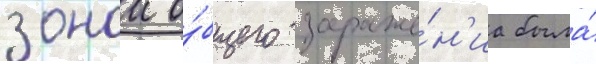
зонои о́бщего зараже́н'иа была́